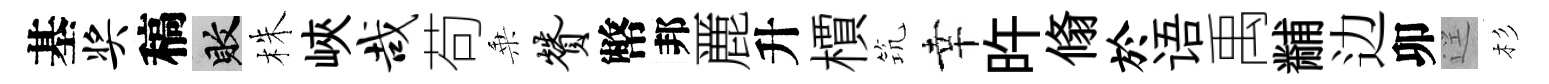
基奖稿敗株峽哉苟乗赞幣邦䴡升檟𥬑幸旿翛於语禹黼边卯逕杉